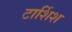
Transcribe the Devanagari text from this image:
टार्शिश